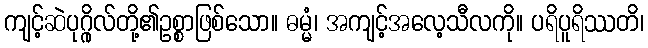
ကျင့်ဆဲပုဂ္ဂိုလ်တို့၏ဥစ္စာဖြစ်သော။ ဓမ္မံ၊ အကျင့်အလေ့သီလကို။ ပရိပူရိဿတိ၊